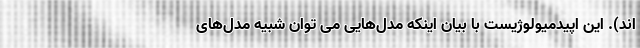
اند). این اپیدمیولوژیست با بیان اینکه مدل‌هایی می توان شبیه مدل‌های